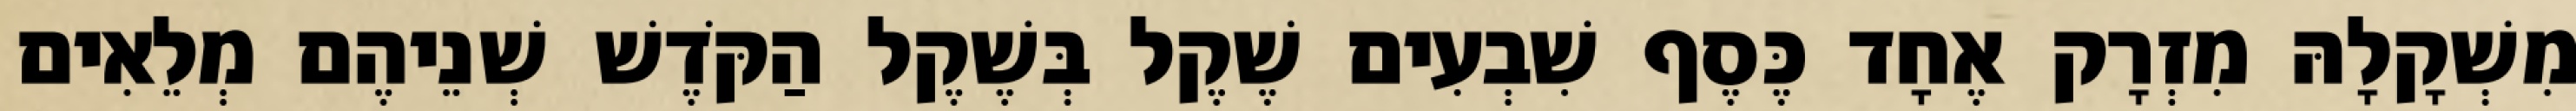
מִשְׁקָלָהּ מִזְרָק אֶחָד כֶּסֶף שִׁבְעִים שֶׁקֶל בְּשֶׁקֶל הַקֹּדֶשׁ שְׁנֵיהֶם מְלֵאִים